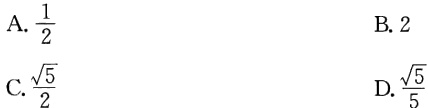
A. $\frac{1}{2}$
B. $2$
C. $\frac{\sqrt{5}}{2}$
D. $\frac{\sqrt{5}}{5}$